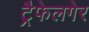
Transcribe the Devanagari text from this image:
ट्रैफेलगेर